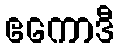
ဧကောဒီ